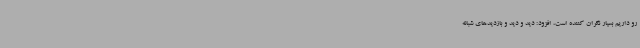
رو داریم بسیار نگران کننده است، افزود: دید و دید و بازدیدهای شبانه